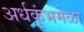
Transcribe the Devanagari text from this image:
अर्धकुंभमेळा